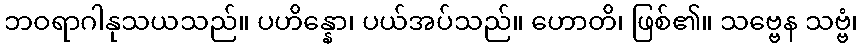
ဘဝရာဂါနုသယသည်။ ပဟိန္နော၊ ပယ်အပ်သည်။ ဟောတိ၊ ဖြစ်၏။ သဗ္ဗေန သဗ္ဗံ၊